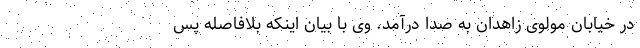
در خیابان مولوی زاهدان به صدا درآمد. وی با بیان اینکه بلافاصله پس